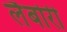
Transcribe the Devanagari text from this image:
लैबोरी